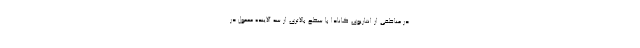
در مناطقی از انتاریوی کانادا با سطح بالاتری از سه آلاینده معمول در